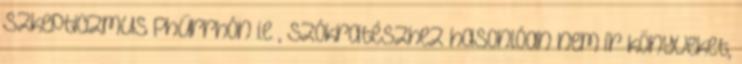
Szkepticizmus Phürrhón i.e , Szókratészhez hasonlóan nem ír könyveket,